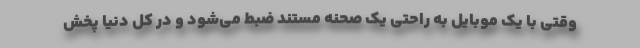
وقتی با یک موبایل به راحتی یک صحنه مستند ضبط می‌شود و در کل دنیا پخش